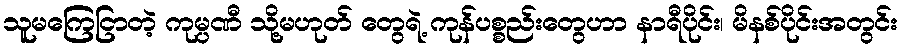
သူမကြေငြာတဲ့ ကုမ္ပဏီ သို့မဟုတ် တွေရဲ့ ကုန်ပစ္စည်းတွေဟာ နာရီပိုင်း၊ မိနစ်ပိုင်းအတွင်း